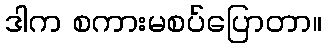
ဒါက စကားမစပ်ပြောတာ။